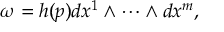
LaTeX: \omega = h ( p ) d x ^ { 1 } \wedge \cdots \wedge d x ^ { m } ,